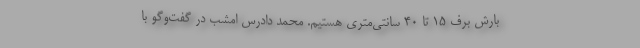
بارش برف ۱۵ تا ۴۰ سانتی‌متری هستیم. محمد دادرس امشب در گفت‌وگو با